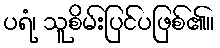
ပရံ၊ သူစိမ်းပြင်ပဖြစ်၏။